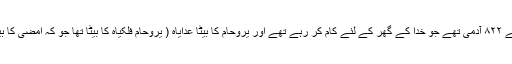
) 12 اور وہاں انکے بھا ئیوں کے ۸۲۲ آدمی تھے جو خدا کے گھر کے لئے کام کر رہے تھے اور یروحام کا بیٹا عدایاہ ( یروحام فِلکیاہ کا بیٹا تھا جو کہ امضی کا بیٹا تھا ، جو کہ زکریاہ کا بیٹا تھا۔